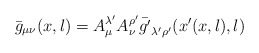
\begin{align*}\bar{g}_{\mu\nu}(x,l) = A^{\lambda'}_{\mu} A^{\rho'}_{\nu}\bar{g'}_{\lambda'\rho'}(x'(x,l),l)\end{align*}